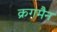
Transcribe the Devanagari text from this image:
क्रगमैन